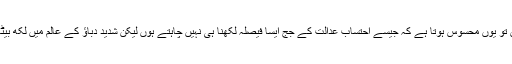
ہمیں تو یوں محسوس ہوتا ہے کہ جیسے احتساب عدالت کے جج ایسا فیصلہ لکھنا ہی نہیں چاہتے ہوں لیکن شدید دباؤ کے عالم میں لکھ بیٹھے۔